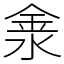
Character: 淾